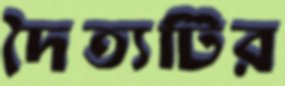
দৈত্যটির